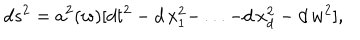
LaTeX: d s ^ { 2 } = a ^ { 2 } ( w ) [ d t ^ { 2 } - d \, x _ { 1 } ^ { 2 } - \, . . . - d \, x _ { d } ^ { 2 } - d \, w ^ { 2 } ] ,